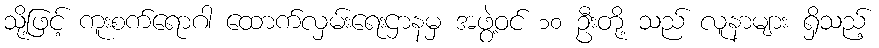
သို့ဖြင့် ကူးစက်ရောဂါ ထောက်လှမ်းရေးဌာနမှ အဖွဲ့ဝင် ၁၀ ဦးတို့ သည် လူနာများ ရှိသည့်